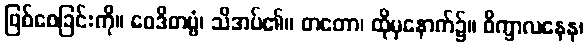
ဖြစ်စေခြင်းကို။ ဝေဒိတဗ္ဗံ၊ သိအပ်၏။ တတော၊ ထိုမှနောက်၌။ ဝိက္ခာလနေန၊